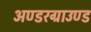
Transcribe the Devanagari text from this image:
अण्डरग्राउण्ड